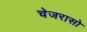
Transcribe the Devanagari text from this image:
चेजरासो